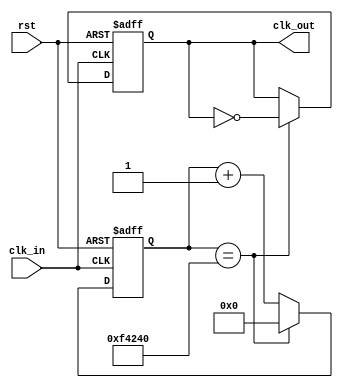
module freq_divider (
    input wire clk_in,
    input wire rst,
    output reg clk_out
);

reg [31:0] counter;

always @ (posedge clk_in or posedge rst) begin
    if (rst) begin
        counter <= 0;
        clk_out <= 0;
    end else begin
        if (counter == 1000000) begin // Adjust division ratio as needed
            counter <= 0;
            clk_out <= ~clk_out;
        end else begin
            counter <= counter + 1;
        end
    end
end

endmodule